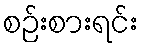
စဉ်းစားရင်း